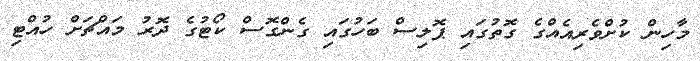
މާހިން ކުށްވެރިއެއްގެ ގޮތުގައި ޕޮލިސް ބަހުގައި ގެންގޮސް ކޯޓުގެ ދޮރު މައްޗަށް ހުއްޓި